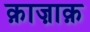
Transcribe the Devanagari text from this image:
क़ाज़ाक़